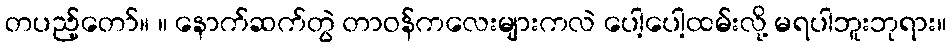
တပည့်တော်။ ။ နောက်ဆက်တွဲ တာဝန်ကလေးများကလဲ ပေါ့ပေါ့ထမ်းလို့ မရပါဘူးဘုရား။